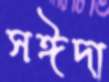
সঈদা